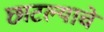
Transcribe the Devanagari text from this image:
छाटल्याचे